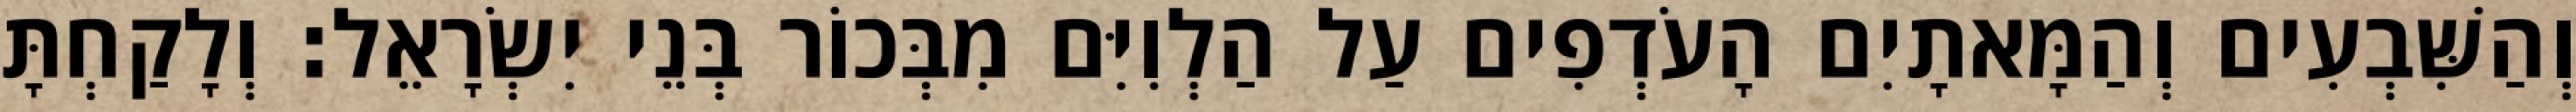
וְהַשִּׁבְעִים וְהַמָּאתָיִם הָעֹדְפִים עַל הַלְוִיִּם מִבְּכוֹר בְּנֵי יִשְׂרָאֵל׃ וְלָקַחְתָּ